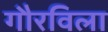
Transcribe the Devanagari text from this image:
गौरविला